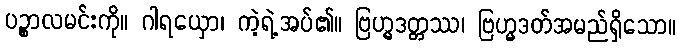
ပဉ္စာလမင်းကို။ ဂါရယှော၊ ကဲ့ရဲ့အပ်၏။ ဗြဟ္မဒတ္တဿ၊ ဗြဟ္မဒတ်အမည်ရှိသော။